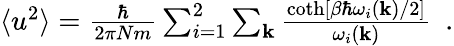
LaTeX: \begin{array}{r}{\langle u^{2}\rangle=\frac{\hbar}{2\pi Nm}\sum_{i=1}^{2}\sum_{\mathbf k}\frac{\coth[\beta\hbar\omega_{i}({\mathbf k})/2]}{\omega_{i}({\mathbf k})}~~.}\end{array}